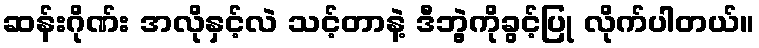
ဆန်းဂိုဏ်း အလိုနှင့်လဲ သင့်တာနဲ့ ဒီဘွဲ့ကိုခွင့်ပြု လိုက်ပါတယ်။